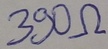
Text: 390Ω